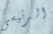
الرئيسى